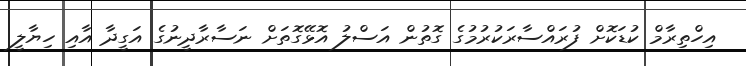
އިހްތިރާމް ކުޑަކޮށް ފުރައްސާރަކުރުމުގެ ގޮތުން އަސްލު އޮޅޭގޮތަށް ނަސާރާދީނުގެ އަގީދާ އާއި ހިޔާލީ